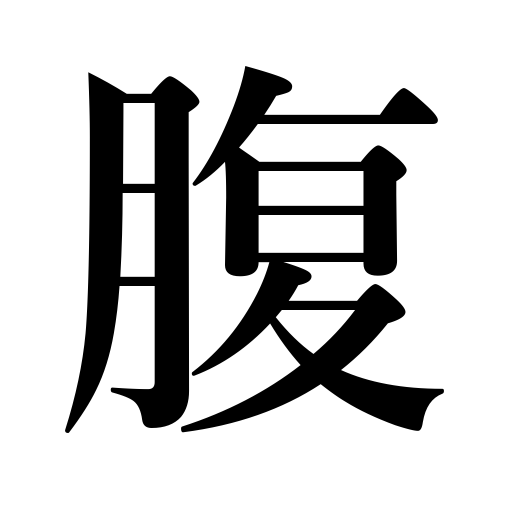
Meanings: stomach,intention,mind,courage,pluck,spirit,anger, heart,womb,bowels,thickest or widest part,abdomen,belly